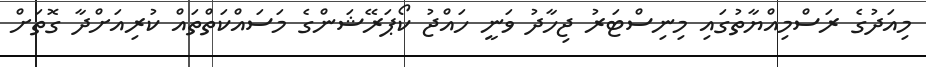
މިއަދުގެ ރަސްމިއްޔާތުގައި މިނިސްޓަރު ޖިހާދު ވަނީ ހައްޖު ކޯޕަރޭޝަންގެ މަސައްކަތްތައް ކުރިއަށްދާ ގޮތަށް